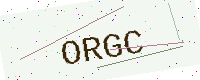
Text: ORGC